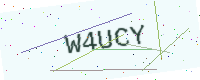
Text: W4UCY